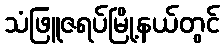
သံဖြူဇရပ်မြို့နယ်တွင်